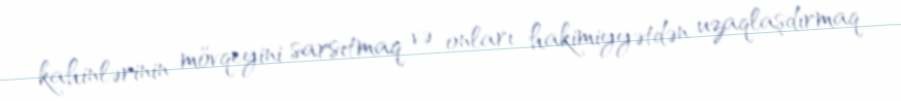
kahinlərinin mövqeyini sarsıtmaq və onları hakimiyyətdən uzaqlaşdırmaq